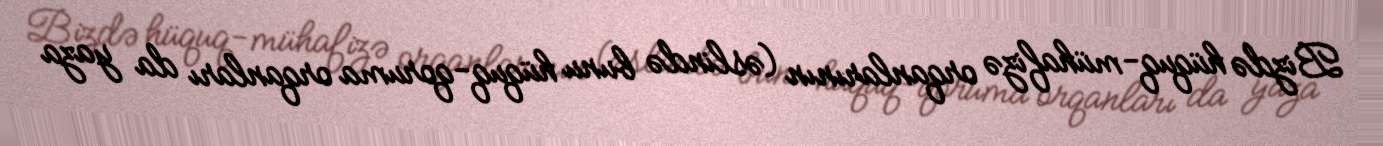
Bizdə hüquq-mühafizə orqanlarının (əslində bunu hüquq-qoruma orqanları da yaza